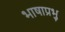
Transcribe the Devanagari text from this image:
भाषाप्रभु